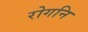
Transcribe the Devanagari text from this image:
रोगनि